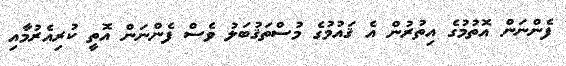
ފެންނަން އޮތުމުގެ އިތުރުން އެ ޤައުމުގެ މުސްތަޤުބަލު ވެސް ފެންނަން އޮތީ ކުރިއެރުމާއި